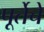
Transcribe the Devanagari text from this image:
पूर्तेचे